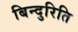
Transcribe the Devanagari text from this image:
बिन्दुरिति